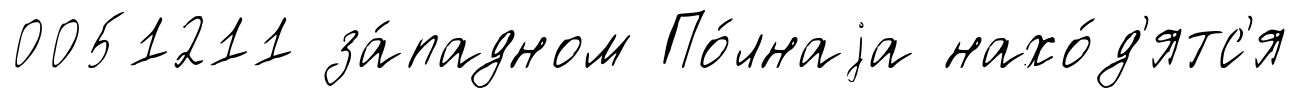
0051211 за́падном По́лнаjа нахо́д'ятс'я